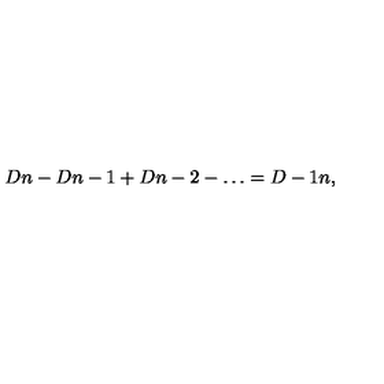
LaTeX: { \binom { D } { n } } - { \binom { D } { n - 1 } } + { \binom { D } { n - 2 } } - \ldots = { \binom { D - 1 } { n } } ,